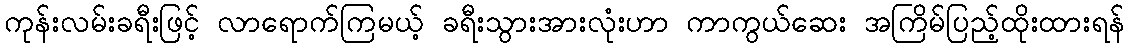
ကုန်းလမ်းခရီးဖြင့် လာရောက်ကြမယ့် ခရီးသွားအားလုံးဟာ ကာကွယ်ဆေး အကြိမ်ပြည့်ထိုးထားရန်